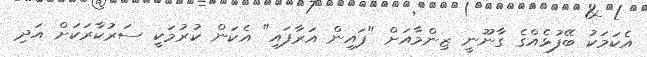
އެކަމަކު ބޭފުޅެއްގެ ގާނޫނީ ޒިންމާއަށް "ފައިން އަރާފައި" އެކަން ކުރުމަކީ ސަރުކާރަކަށް އަދި